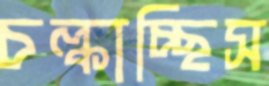
চল্‌কাচ্ছিস